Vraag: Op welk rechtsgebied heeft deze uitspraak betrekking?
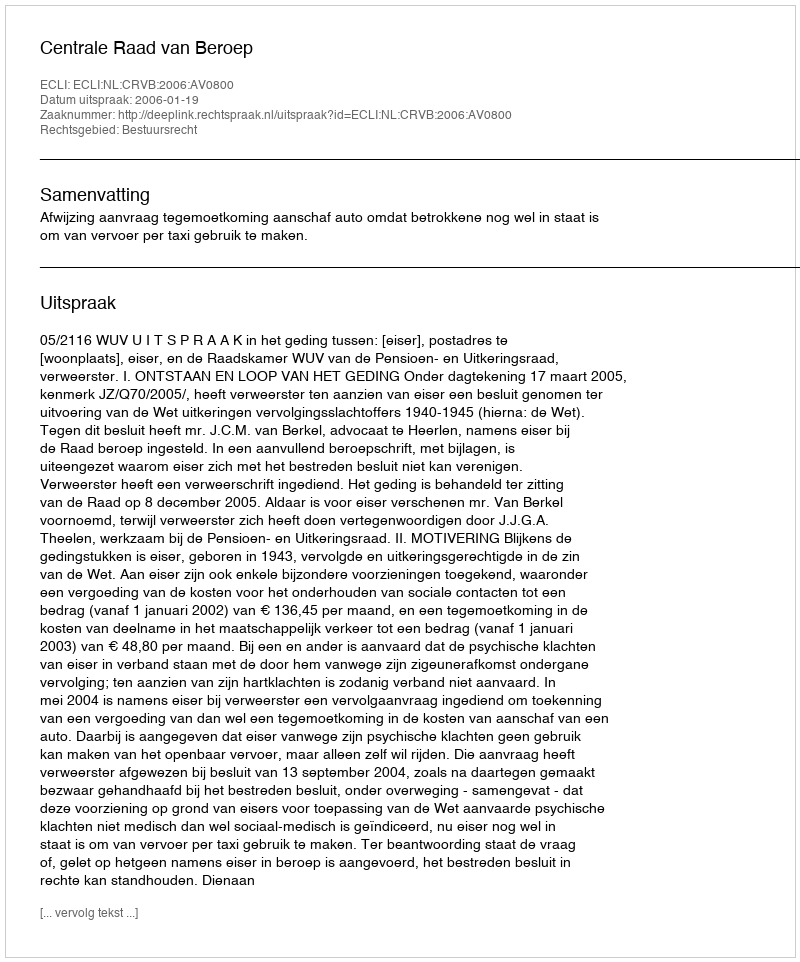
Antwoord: Bestuursrecht